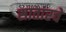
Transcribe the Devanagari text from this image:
सातारचें